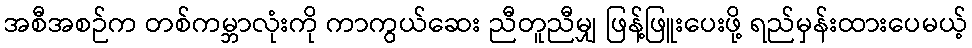
အစီအစဉ်က တစ်ကမ္ဘာလုံးကို ကာကွယ်ဆေး ညီတူညီမျှ ဖြန့်ဖြူးပေးဖို့ ရည်မှန်းထားပေမယ့်